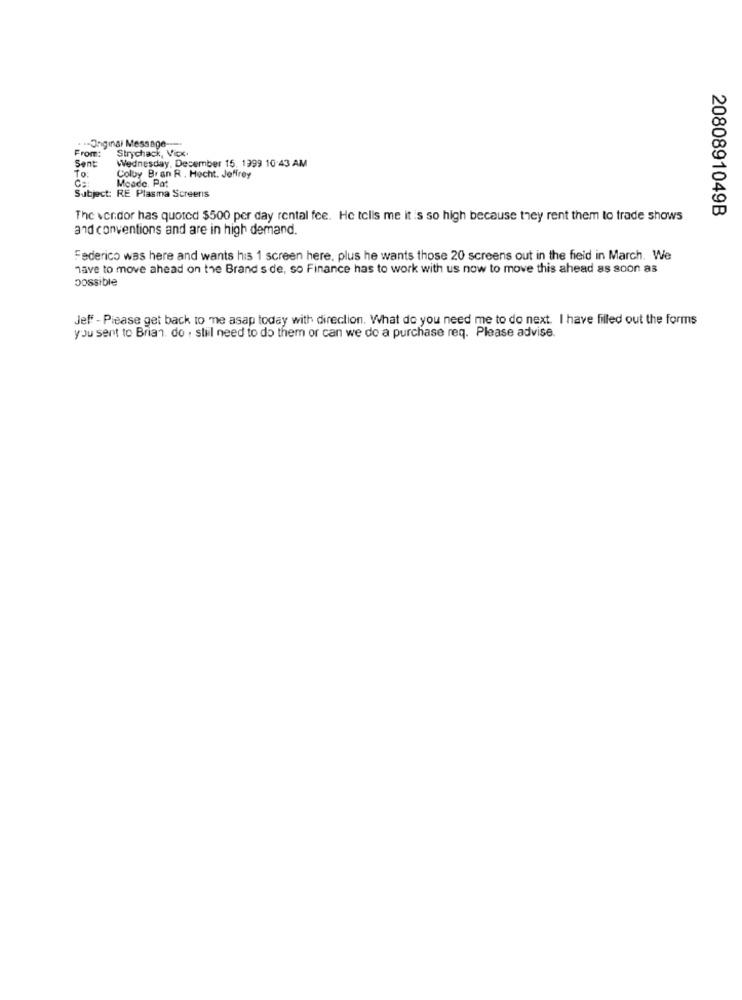
From:
-- Onginal Message-
Strychack, Vicx.
Sent
Wednesday, December 15. 1999 10:43 AM
To
Moade. Pat
Colby Bran R . Hecht. Jeffrey
Subject: RE Plasma Screenis
2080891049B
The vendor has quoted $500 per day rental fee. He tells me it is so high because they rent them to trade shows
and conventions and are in high demand.
Federico was here and wants his 1 screen here, plus he wants those 20 screens out in the field in March. We
have to move ahead on the Brand s de, so Finance has to work with us now to move this ahead as soon as
possible
Jeff - Please get back to me asap today with direction. What do you need me to do next. I have filled out the forms
you sent to Brian. do . still need to do them or can we do a purchase req. Please advise.